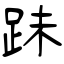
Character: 跊